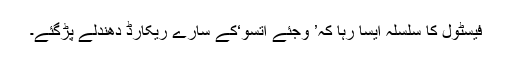
فیسٹول کا سلسلہ ایسا رہا کہ’ وجئے اتسو‘کے سارے ریکارڈ دھندلے پڑگئے۔